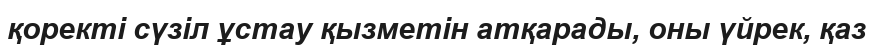
қоректі сүзіл ұстау қызметін атқарады, оны үйрек, қаз